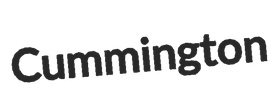
Cummington